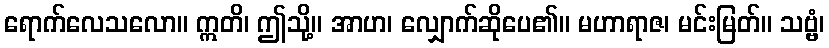
ရောက်လေသလော။ ဣတိ၊ ဤသို့။ အာဟ၊ လျှောက်ဆိုပေ၏။ မဟာရာဇ၊ မင်းမြတ်။ သဗ္ဗံ၊